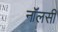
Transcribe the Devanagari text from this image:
नॉलसी